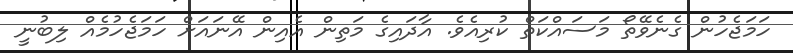
ހަމަޖެހުން ގެނެވޭތޯ މަސައްކަތް ކުރިއެވެ. އާދައިގެ މަތިން އެއިން އޭނައަށް ހަމަޖެހުމެއް ލިބުނީ